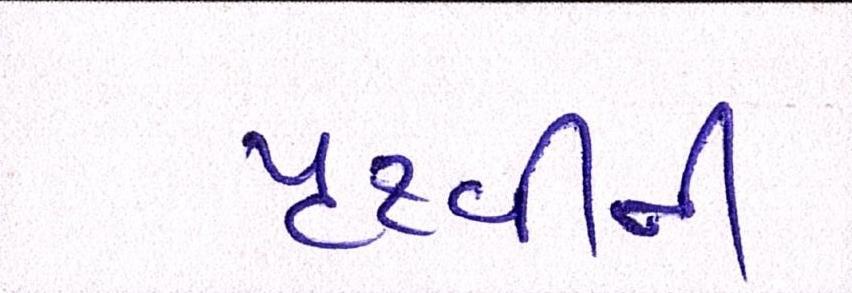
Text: પૃથ્વીની